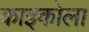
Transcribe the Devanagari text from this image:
काइकोला